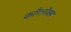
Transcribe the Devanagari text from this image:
काँगनॅक्स